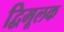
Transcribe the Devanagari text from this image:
द्विमूलक